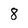
Character: 8